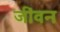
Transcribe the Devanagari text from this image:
जींवन